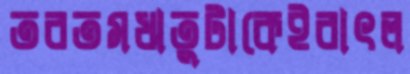
তরতমঋতুটাকেইবাৎল